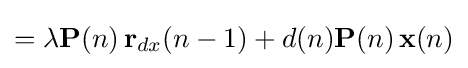
=\lambda \mathbf {P} (n)\,\mathbf {r} _{dx}(n-1)+d(n)\mathbf {P} (n)\,\mathbf {x} (n)